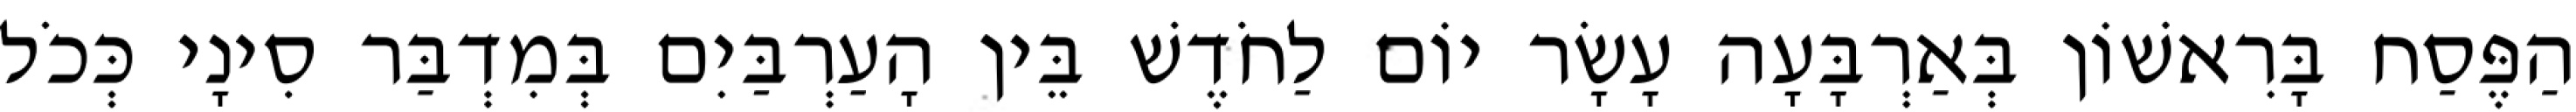
הַפֶּסַח בָּרִאשׁוֹן בְּאַרְבָּעָה עָשָׂר יוֹם לַחֹדֶשׁ בֵּין הָעַרְבַּיִם בְּמִדְבַּר סִינָי כְּכֹל